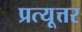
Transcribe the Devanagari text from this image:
प्रत्यूत्तर